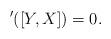
LaTeX: \begin{align*}'([Y,X])=0.\end{align*}